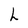
Character: h